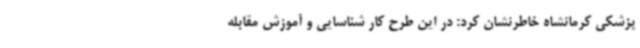
پزشکی کرمانشاه خاطرنشان کرد: در این طرح کار شناسایی و آموزش مقابله